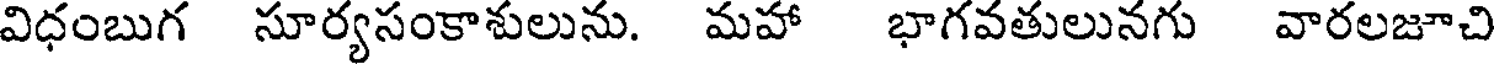
విధంబుగ సూర్యసంకాశులును. మహా భాగవతులునగు వారలజూచి